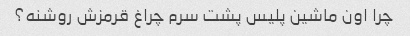
چرا اون ماشین پلیس پشت سرم چراغ قرمزش روشنه؟